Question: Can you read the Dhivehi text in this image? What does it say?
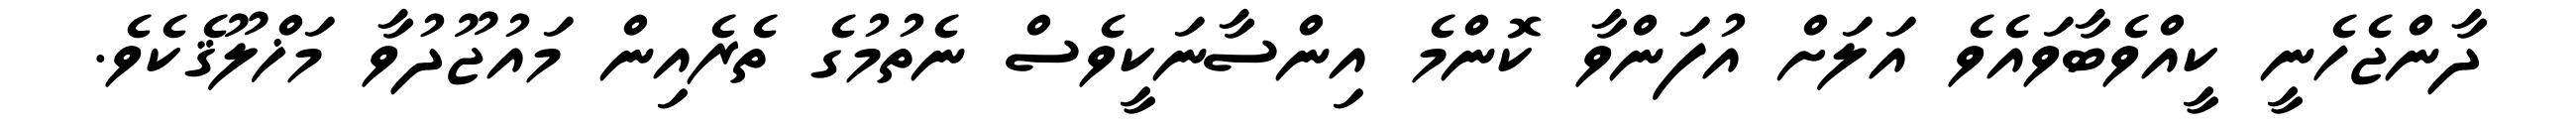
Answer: ދާންޖެހެނީ ކީއްވެބާވައެވެ އަލަށް އުފަންވާ ކޮންމެ އިންސާނަކީވެސް ނެތުމުގެ ތެރެއިން މައުޖޫދުވާ މަޚްލޫޤެކެވެ.